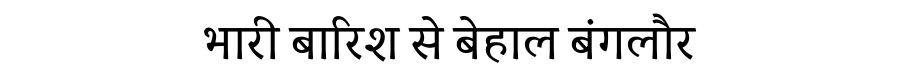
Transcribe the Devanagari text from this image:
भारी बारिश से बेहाल बंगलौर